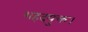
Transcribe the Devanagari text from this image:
शहदयुक्त।